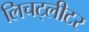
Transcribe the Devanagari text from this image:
लिचट्लीटर